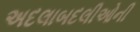
અદલાબદલીઓની